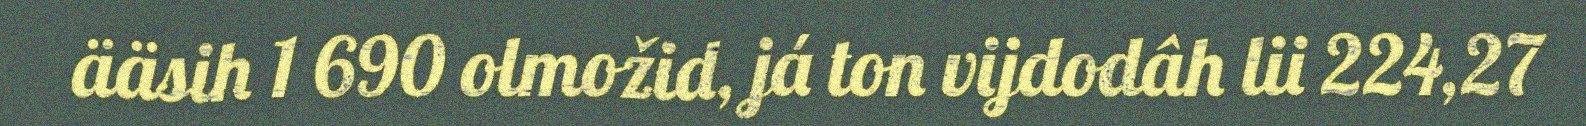
ääsih 1 690 olmožid, já ton vijdodâh lii 224,27